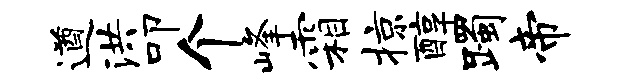
遒洪叩个峰霜掠醇躅帝